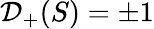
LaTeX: \mathcal{D}_{+}(S)=\pm 1